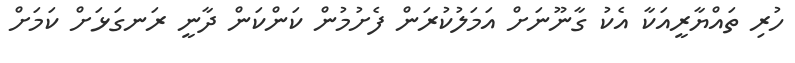
ހުރި ތައްޔާރީއަކާ އެކު ގާނޫނަށް އަމަލުކުރަން ފެށުމުން ކަންކަން ދާނީ ރަނގަޅަށް ކަމަށް